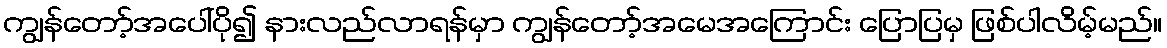
ကျွန်တော့်အပေါ်ပို၍ နားလည်လာရန်မှာ ကျွန်တော့်အမေအကြောင်း ပြောပြမှ ဖြစ်ပါလိမ့်မည်။